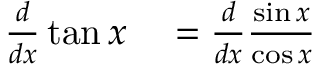
\begin{array} { r l } { { \frac { d } { d x } } \tan x } & { { } = { \frac { d } { d x } } { \frac { \sin x } { \cos x } } } \end{array}